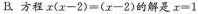
B.方程$$x ( x - 2 ) = ( x - 2 )$$的解是$$x = 1$$